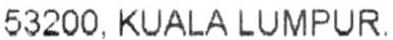
53200, KUALA LUMPUR.